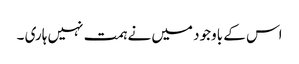
اس کے باوجود میں نے ہمت نہیں ہاری ۔